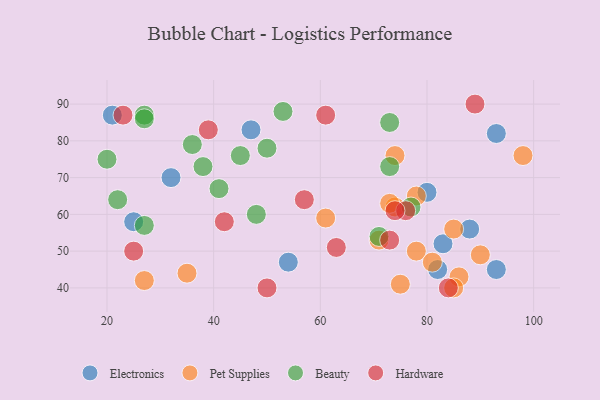
{"axis": {"x": "GDP", "y": "Life Expectancy"}, "legend": ["Beauty", "Electronics", "Hardware", "Pet Supplies"], "data": [{"x": "47", "y": 83, "type": "Electronics"}, {"x": "54", "y": 47, "type": "Electronics"}, {"x": "25", "y": 58, "type": "Electronics"}, {"x": "88", "y": 56, "type": "Electronics"}, {"x": "93", "y": 82, "type": "Electronics"}, {"x": "80", "y": 66, "type": "Electronics"}, {"x": "32", "y": 70, "type": "Electronics"}, {"x": "21", "y": 87, "type": "Electronics"}, {"x": "82", "y": 45, "type": "Electronics"}, {"x": "93", "y": 45, "type": "Electronics"}, {"x": "83", "y": 52, "type": "Electronics"}, {"x": "86", "y": 43, "type": "Pet Supplies"}, {"x": "27", "y": 42, "type": "Pet Supplies"}, {"x": "74", "y": 62, "type": "Pet Supplies"}, {"x": "35", "y": 44, "type": "Pet Supplies"}, {"x": "90", "y": 49, "type": "Pet Supplies"}, {"x": "85", "y": 56, "type": "Pet Supplies"}, {"x": "78", "y": 65, "type": "Pet Supplies"}, {"x": "75", "y": 41, "type": "Pet Supplies"}, {"x": "98", "y": 76, "type": "Pet Supplies"}, {"x": "85", "y": 40, "type": "Pet Supplies"}, {"x": "78", "y": 50, "type": "Pet Supplies"}, {"x": "61", "y": 59, "type": "Pet Supplies"}, {"x": "74", "y": 76, "type": "Pet Supplies"}, {"x": "73", "y": 63, "type": "Pet Supplies"}, {"x": "81", "y": 47, "type": "Pet Supplies"}, {"x": "71", "y": 53, "type": "Pet Supplies"}, {"x": "38", "y": 73, "type": "Beauty"}, {"x": "73", "y": 85, "type": "Beauty"}, {"x": "27", "y": 87, "type": "Beauty"}, {"x": "50", "y": 78, "type": "Beauty"}, {"x": "71", "y": 54, "type": "Beauty"}, {"x": "27", "y": 57, "type": "Beauty"}, {"x": "73", "y": 73, "type": "Beauty"}, {"x": "20", "y": 75, "type": "Beauty"}, {"x": "48", "y": 60, "type": "Beauty"}, {"x": "41", "y": 67, "type": "Beauty"}, {"x": "77", "y": 62, "type": "Beauty"}, {"x": "53", "y": 88, "type": "Beauty"}, {"x": "45", "y": 76, "type": "Beauty"}, {"x": "22", "y": 64, "type": "Beauty"}, {"x": "27", "y": 86, "type": "Beauty"}, {"x": "36", "y": 79, "type": "Beauty"}, {"x": "61", "y": 87, "type": "Hardware"}, {"x": "76", "y": 61, "type": "Hardware"}, {"x": "63", "y": 51, "type": "Hardware"}, {"x": "25", "y": 50, "type": "Hardware"}, {"x": "39", "y": 83, "type": "Hardware"}, {"x": "23", "y": 87, "type": "Hardware"}, {"x": "74", "y": 61, "type": "Hardware"}, {"x": "42", "y": 58, "type": "Hardware"}, {"x": "89", "y": 90, "type": "Hardware"}, {"x": "57", "y": 64, "type": "Hardware"}, {"x": "84", "y": 40, "type": "Hardware"}, {"x": "50", "y": 40, "type": "Hardware"}, {"x": "73", "y": 53, "type": "Hardware"}]}